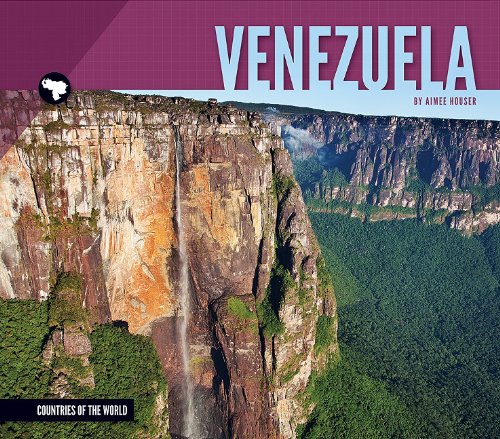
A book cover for Venezuela (Countries of the World (Essential Library)); Aimee Houser; Children's Books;